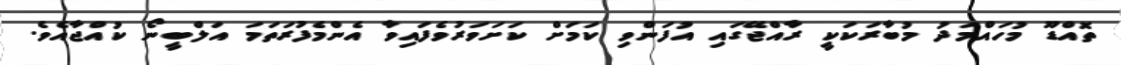
ތޮއްޑޫ މުހައްމަދު މުބާރަކަކީ ރާއްޖޭގައި އުފަންވި ކަމަށް ކަށަވަރުވެފައިވާ އެންމެފުރަތަމަ އަލްބީނޯ ކުއްޖާއެވެ.